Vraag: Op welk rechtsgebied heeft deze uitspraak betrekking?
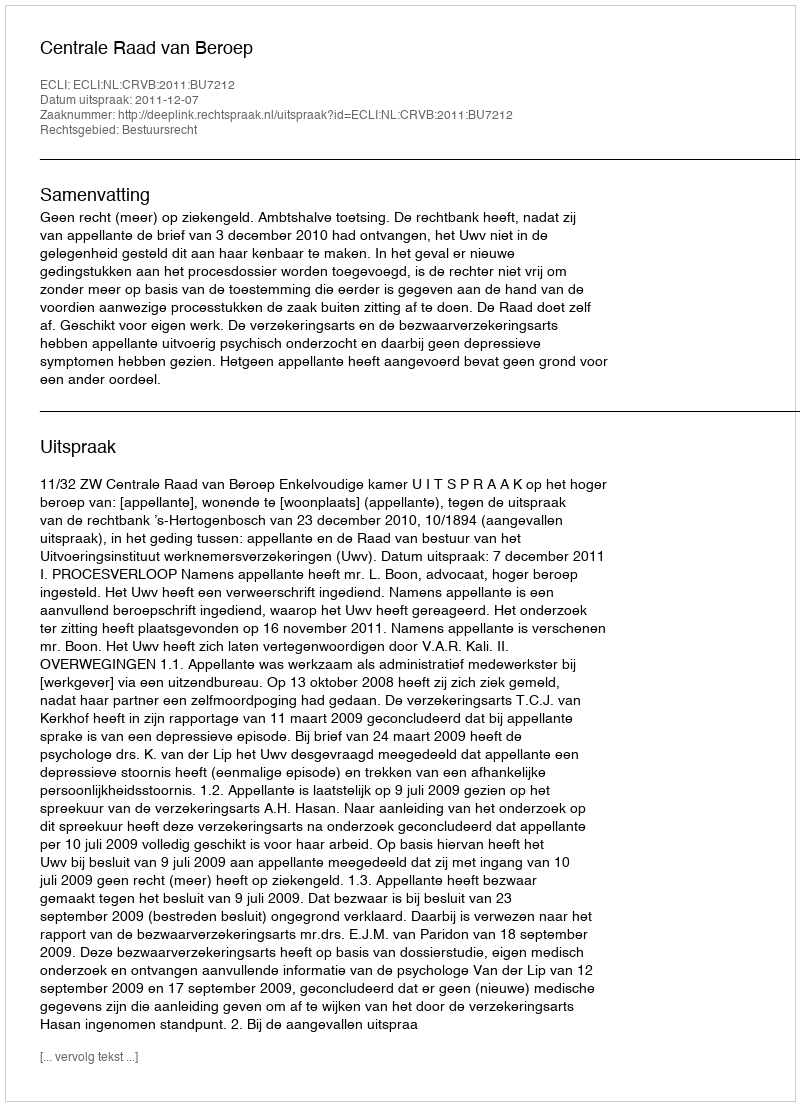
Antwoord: Bestuursrecht